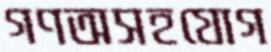
গণঅসহযোগ